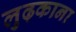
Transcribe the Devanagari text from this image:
लुढ़काना